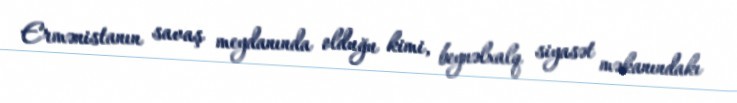
Ermənistanın savaş meydanında olduğu kimi, beynəlxalq siyasət məkanındakı